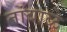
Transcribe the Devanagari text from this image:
तांबाळे